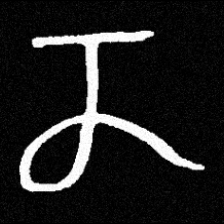
Pyu character \u2014 Myanmar letter: ဏ (romanized: nna)